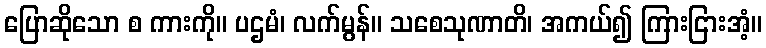
ပြောဆိုသော စ ကားကို။ ပဌမံ၊ လက်မွန်။ သစေသုဏာတိ၊ အကယ်၍ ကြားငြားအံ့။